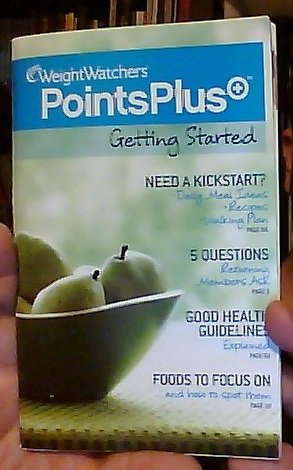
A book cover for WEIGHT WATCHERS POINTS PLUS Getting Started; Health, Fitness & Dieting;